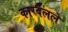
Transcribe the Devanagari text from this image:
कारवेलले